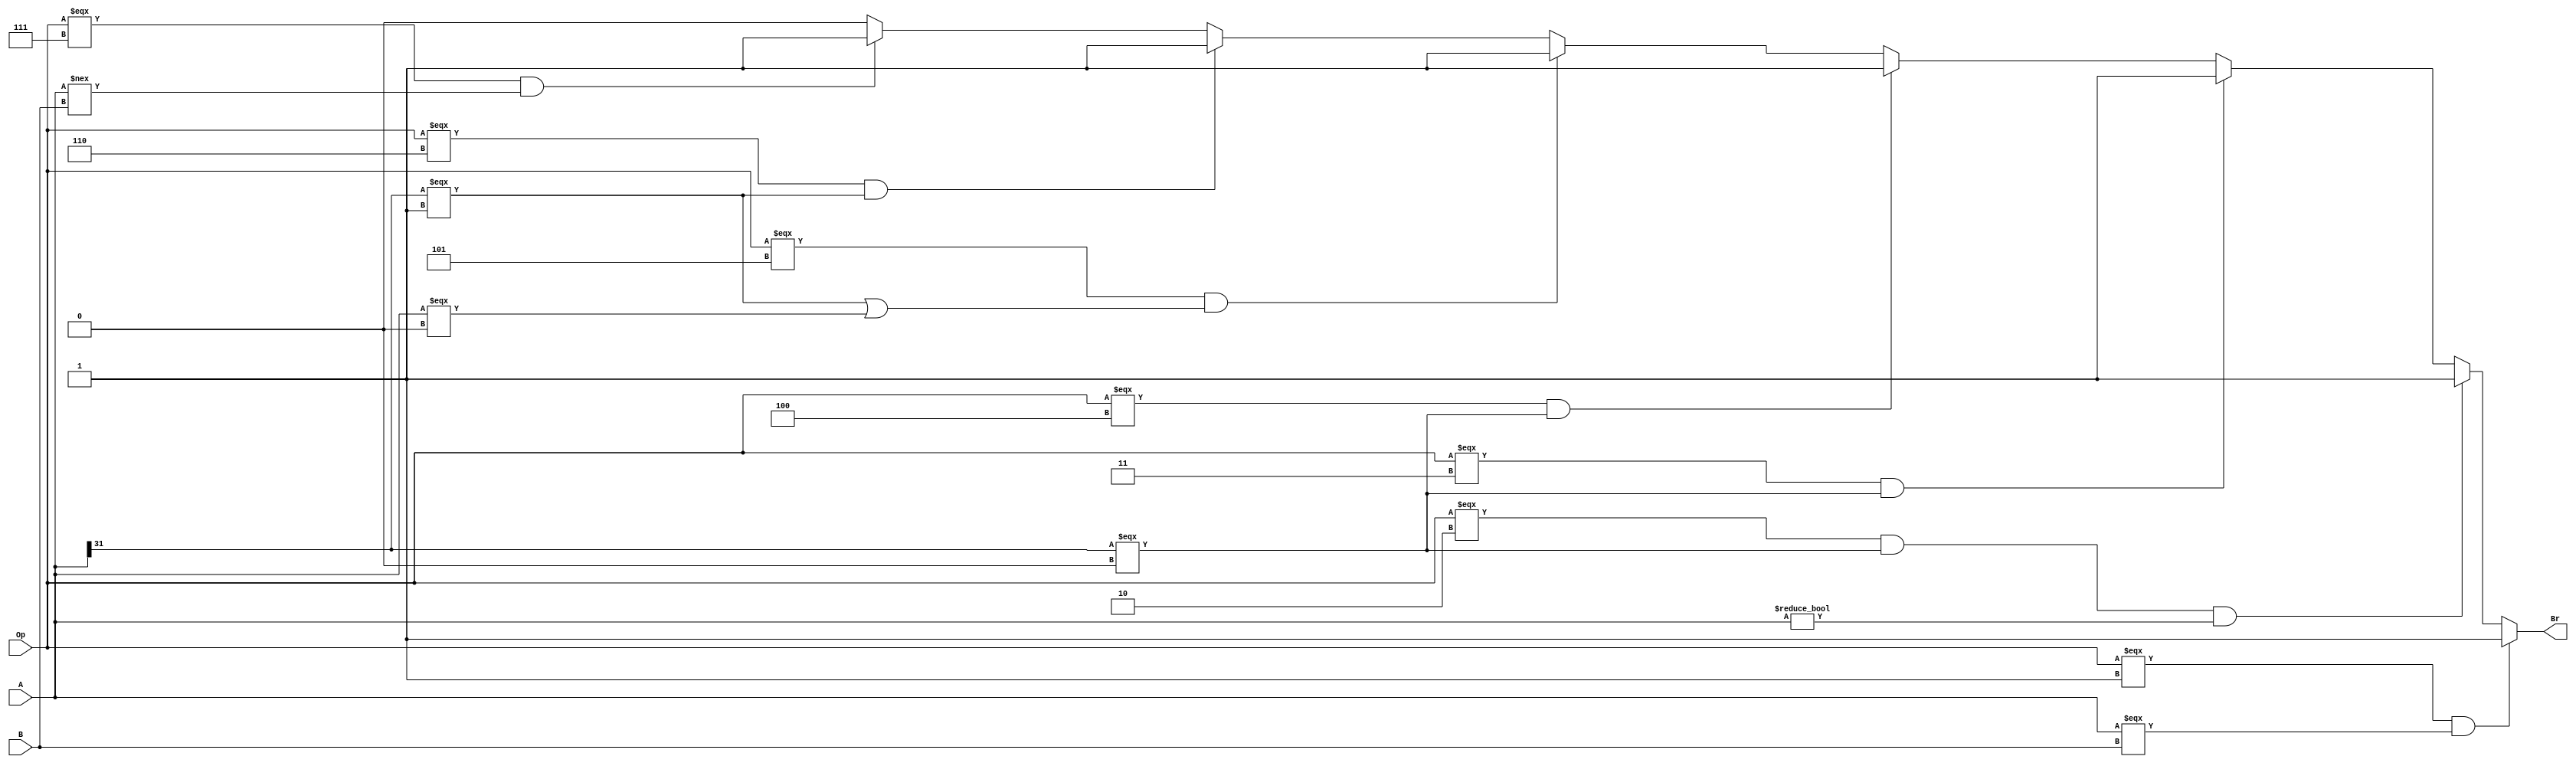
`timescale 1ns / 1ps
//////////////////////////////////////////////////////////////////////////////////
// Company: 
// Engineer: 
// 
// Design Name: 
// Module Name:    CMP 
// Project Name: 
// Target Devices: 
// Tool versions: 
// Description: 
//
// Dependencies: 
//
// Revision: 
// Revision 0.01 - File Created
// Additional Comments: 
//
//////////////////////////////////////////////////////////////////////////////////
module CMP(
	input signed[31:0]A,
	input signed[31:0]B,
	input [2:0]Op,
	output Br
    );
	 
	assign Br = (Op === 3'b001 && A === B) ? 1 :
					(Op === 3'b010 && A[31] === 0 && A != 0) ? 1 :
					(Op === 3'b011 && A[31] === 0) ? 1 : 
					(Op === 3'b100 && A[31] === 0) ? 1 :
					(Op === 3'b101 && (A[31] === 1 || A === 0)) ? 1 :
					(Op === 3'b110 && A[31] === 1) ? 1 : 
					(Op === 3'b111 && A!== B) ? 1 :
					0;
endmodule